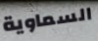
السماوية